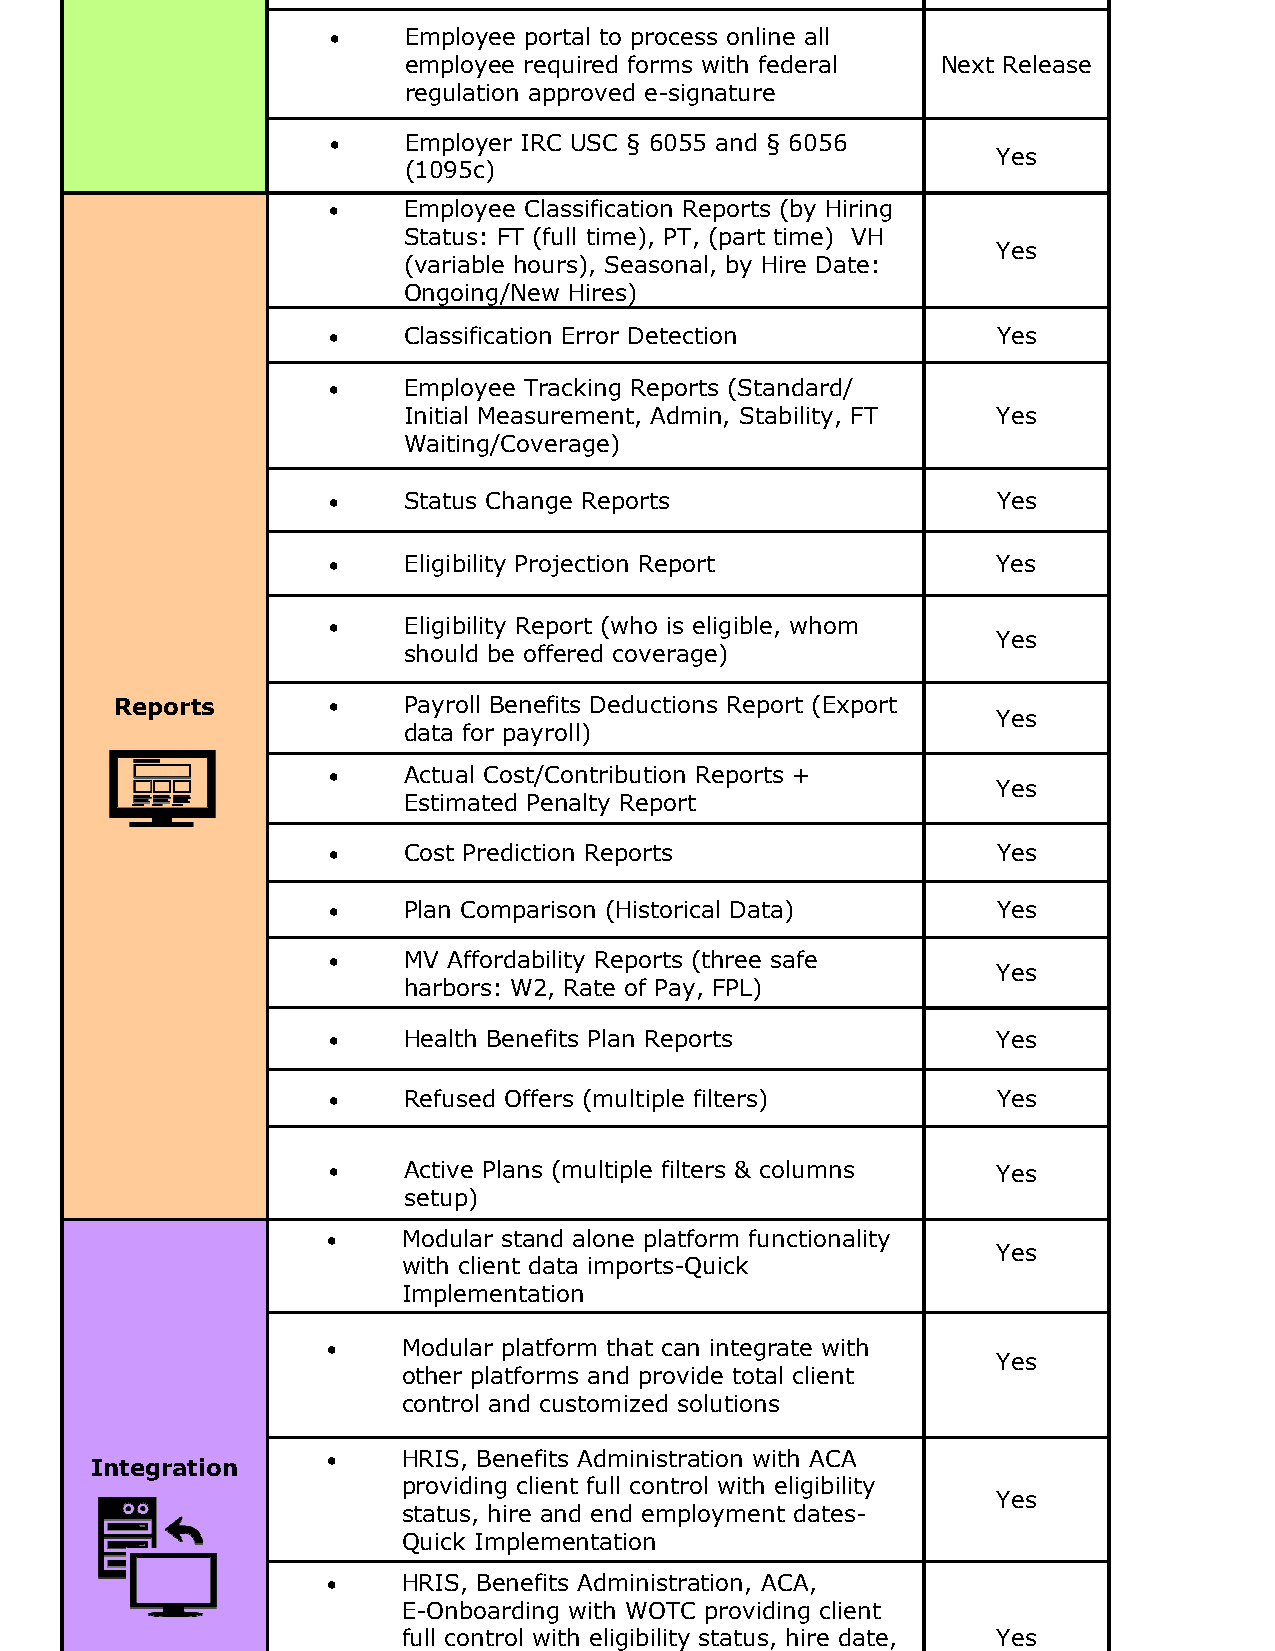
•    Employee portal to process online all
 employee required forms with federal Next Release
 regulation approved e-signature
 •    Employer IRC USC § 6055 and § 6056
 Yes
 (1095c)
 •    Employee Classification Reports (by Hiring
 Status: FT (full time), PT, (part time) VH
 Yes
 (variable hours), Seasonal, by Hire Date:
 Ongoing/New Hires)
 •    Classification Error Detection         Yes
 •    Employee Tracking Reports (Standard/
 Initial Measurement, Admin, Stability, FT Yes
 Waiting/Coverage)
 •    Status Change Reports                  Yes
 •    Eligibility Projection Report          Yes
 •    Eligibility Report (who is eligible, whom
 Yes
 should be offered coverage)
 Reports       •    Payroll Benefits Deductions Report (Export
 Yes
 data for payroll)
 •    Actual Cost/Contribution Reports +
 Yes
 Estimated Penalty Report
 •    Cost Prediction Reports                Yes
 •    Plan Comparison (Historical Data)      Yes
 •    MV Affordability Reports (three safe
 Yes
 harbors: W2, Rate of Pay, FPL)
 •    Health Benefits Plan Reports           Yes
 •    Refused Offers (multiple filters)      Yes
 •    Active Plans (multiple filters & columns Yes
 setup)
 •    Modular stand alone platform functionality
 Yes
 with client data imports-Quick
 Implementation
 •    Modular platform that can integrate with
 Yes
 other platforms and provide total client
 control and customized solutions
 •    HRIS, Benefits Administration with ACA
 Integration
 providing client full control with eligibility
 Yes
 status, hire and end employment dates-
 Quick Implementation
 •    HRIS, Benefits Administration, ACA,
 E-Onboarding with WOTC providing client
 full control with eligibility status, hire date, Yes